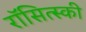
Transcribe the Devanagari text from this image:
रॉसित्स्की